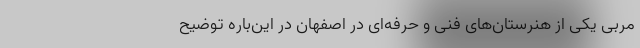
مربی یکی از هنرستان‌های فنی و حرفه‌ای در اصفهان در این‌باره توضیح